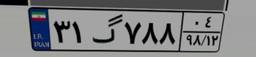
۳۱گ۷۸۸۰۴